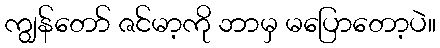
ကျွန်တော် ဇင်မာ့ကို ဘာမှ မပြောတော့ပဲ။